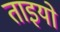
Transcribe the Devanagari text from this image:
ताइयो